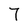
Character: 7